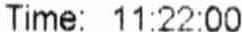
TIME: 11:22:00